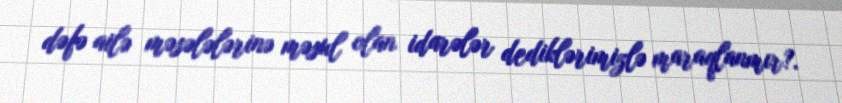
dəfə ailə məsələlərinə məsul olan idarələr dediklərimizlə maraqlanmır?.